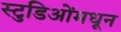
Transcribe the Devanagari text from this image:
स्टुडिओंमधून